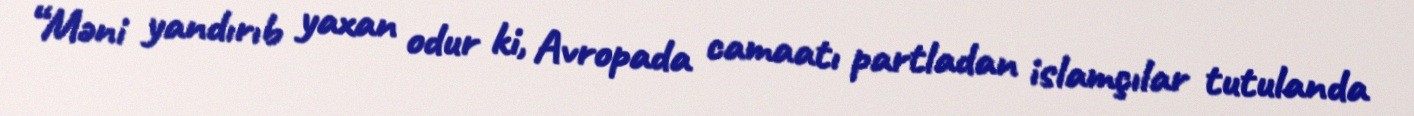
“Məni yandırıb yaxan odur ki, Avropada camaatı partladan islamçılar tutulanda